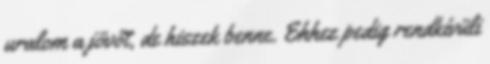
uralom a jövőt, de hiszek benne. Ehhez pedig rendkívüli